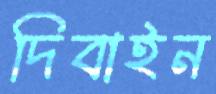
দিবাইন